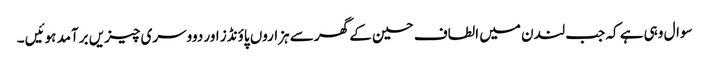
سوال وہی ہے کہ جب لندن میں الطاف حسین کے گھر سے ہزاروں پاؤنڈز اور دووسری چیزیں برآمد ہوئیں ۔